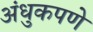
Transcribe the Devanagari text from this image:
अंधुकपणे